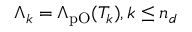
\Lambda _ { k } = \Lambda _ { \mathrm { p O } } ( T _ { k } ) , k \le n _ { d }